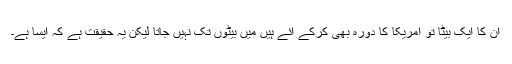
ان کا ایک بیٹا تو امریکا کا دورہ بھی کرکے آئے ہیں میں بیٹوں تک نہیں جاتا لیکن یہ حقیقت ہے کہ ایسا ہے۔